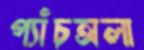
প্যাঁচঅলা